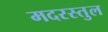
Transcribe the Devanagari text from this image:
मदरस्तुल